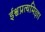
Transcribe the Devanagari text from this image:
ईश्वप्रत्यमिज्ञा